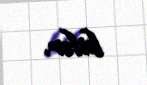
bilər.